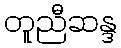
တူညီဆန္ဒ